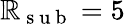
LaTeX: \mathbb{R}_{\mathrm{{~s~u~b~}}}=5